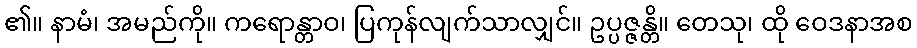
၏။ နာမံ၊ အမည်ကို။ ကရောန္တာဝ၊ ပြကုန်လျက်သာလျှင်။ ဥပ္ပဇ္ဇန္တိ။ တေသု၊ ထို ဝေဒနာအစ